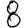
Digit: 8